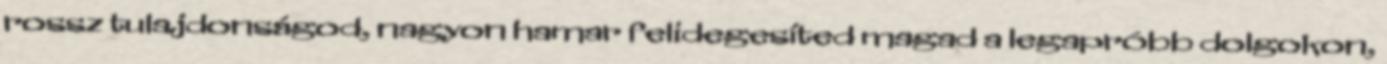
rossz tulajdonságod, nagyon hamar felidegesíted magad a legapróbb dolgokon,